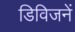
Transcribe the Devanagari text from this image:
डिविजनें